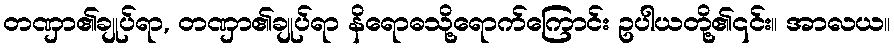
တဏှာ၏ချုပ်ရာ, တဏှာ၏ချုပ်ရာ နိရောဓသို့ရောက်ကြောင်း ဥပါယတို့၏၎င်း။ အာလယ။